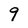
Character: 9